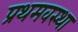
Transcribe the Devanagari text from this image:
प्रथमवस्था